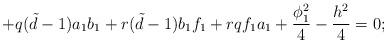
LaTeX: \begin{align*}+q({\tilde d}-1)a_{1}b_{1}+r({\tilde d}-1)b_{1}f_{1}+ rqf_{1}a_{1}+\frac{\phi_{1}^{2}}{4}- \frac{h^{2}}{4}=0; \end{align*}